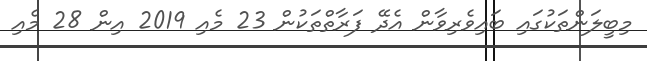
މިބީލަންތަކުގައި ބައިވެރިވާން އެދޭ ފަރާތްތަކުން 23 މެއި 2019 އިން 28 މެއި